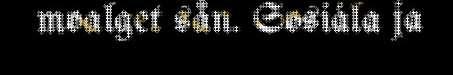
moalget sån. Sosiála ja